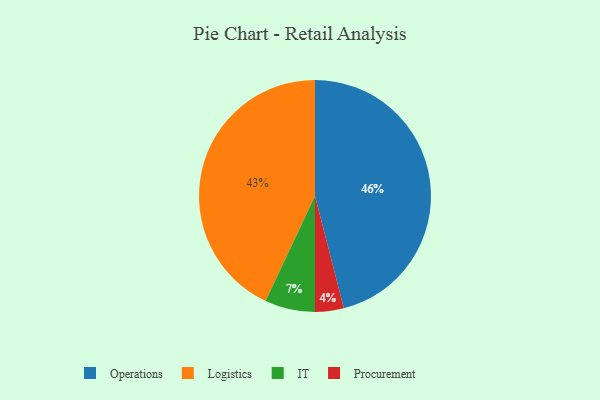
{"axis": {"x": "Category", "y": "Percentage"}, "legend": ["IT", "Logistics", "Operations", "Procurement"], "data": [{"x": "Operations", "y": 46, "type": "Operations"}, {"x": "Procurement", "y": 4, "type": "Procurement"}, {"x": "Logistics", "y": 43, "type": "Logistics"}, {"x": "IT", "y": 7, "type": "IT"}]}